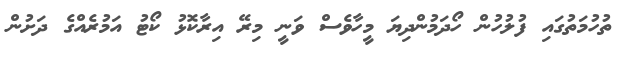
ތުހުމަތުގައި ފުލުހުން ހޯދަމުންދިޔަ މީހާވެސް ވަނީ މިރޭ އިރާކޮޅު ކޯޓު އަމުރެއްގެ ދަށުން